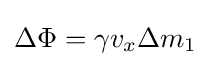
\Delta \Phi =\gamma v_{x}\Delta m_{1}